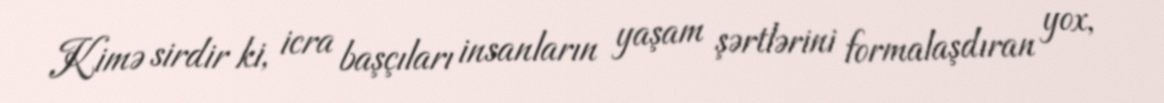
Kimə sirdir ki, icra başçıları insanların yaşam şərtlərini formalaşdıran yox,